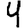
Digit: 9